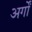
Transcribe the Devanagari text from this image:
अर्गों